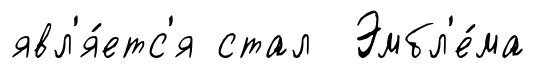
явл'я́етс'я стал Эмбл'е́ма